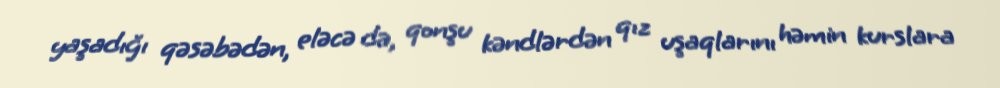
yaşadığı qəsəbədən, eləcə də, qonşu kəndlərdən qız uşaqlarını həmin kurslara